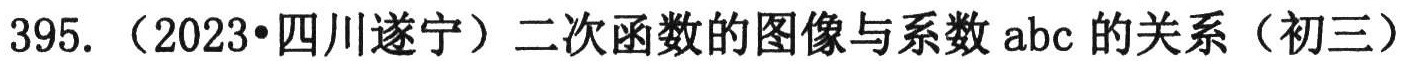
395. （2023•四川遂宁）二次函数的图像与系数 \(abc\) 的关系（初三）